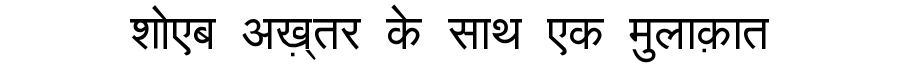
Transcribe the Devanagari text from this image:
शोएब अख़्तर के साथ एक मुलाक़ात